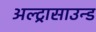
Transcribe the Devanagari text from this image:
अल्ट्रासाउन्ड